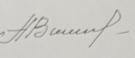
Signature authenticity: genuine